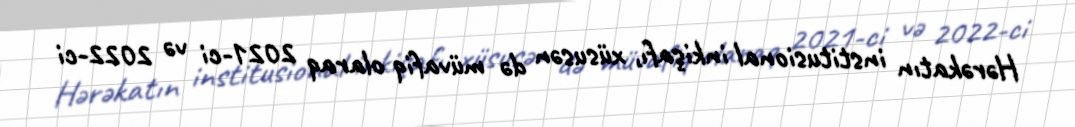
Hərəkatın institusional inkişafı, xüsusən də müvafiq olaraq 2021-ci və 2022-ci